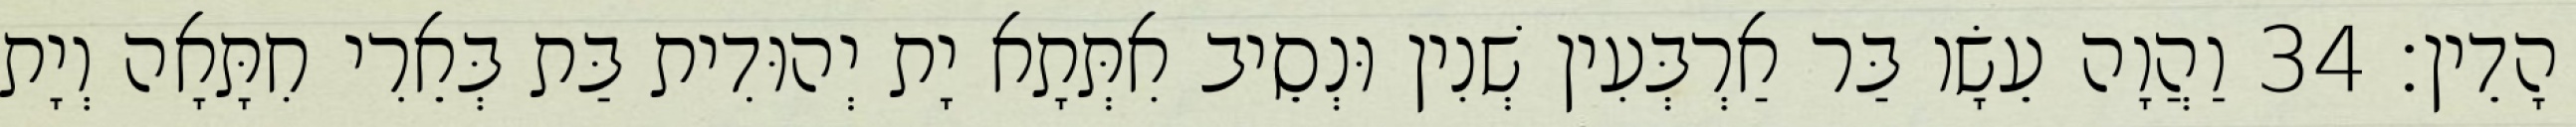
הָדֵין׃ 34 וַהֲוָה עֵשָׂו בַּר אַרְבְּעִין שְׁנִין וּנְסֵיב אִתְּתָא יָת יְהוּדִית בַּת בְּאֵרִי חִתָּאָה וְיָת